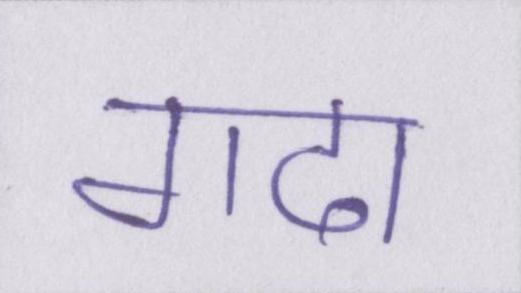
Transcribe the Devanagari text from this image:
गदा